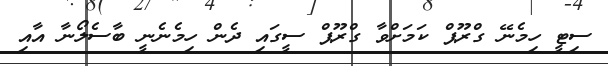
ސިޓީ ހިމެނޭ ގްރޫޕް ކަމަށްވާ ގްރޫޕް ސީގައި ދެން ހިމެނެނީ ބާސެލޯނާ އާއި